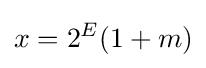
x=2^{E}(1+m)